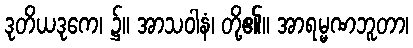
ဒုတိယဒုကေ၊ ၌။ အာသဝါနံ၊ တို့၏။ အာရမ္မဏဘူတာ၊